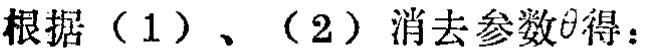
根据（1）、（2）消去参数\(\theta\)得：